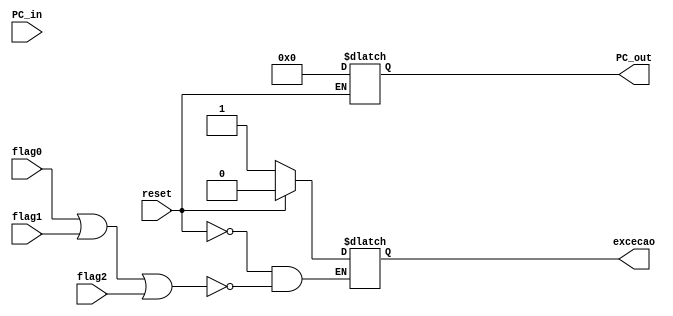
//	REGISTRADOR DE EXCECOES
module EPC (
		input wire flag0, //opcode inexistente
		input wire flag1, //overflow
		input wire flag2, //div por zero
		input wire reset,
		input wire [31:0]PC_in,
		output reg [31:0]PC_out,
		output reg excecao
		); 



reg [31:0] PC;


always @(flag0 or flag1 or flag2 or reset) begin
	
	if(flag0 || flag1 || flag2) begin
		PC <= PC_in;
		excecao <= 1'b1;
	end

	if(reset) begin
		PC_out <= 32'd0;
		excecao <= 1'b0;
	end

end

endmodule